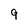
Character: 9